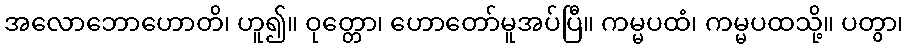
အလောဘောဟောတိ၊ ဟူ၍။ ဝုတ္တော၊ ဟောတော်မူအပ်ပြီ။ ကမ္မပထံ၊ ကမ္မပထသို့။ ပတွာ၊